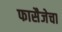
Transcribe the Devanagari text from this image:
फासैजेचा